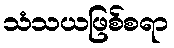
သံသယဖြစ်စရာ